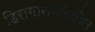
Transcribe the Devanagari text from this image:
हिरागानालिपीत